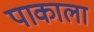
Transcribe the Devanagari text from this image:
पाकाला